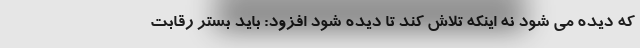
که دیده می شود نه اینکه تلاش کند تا دیده شود افزود: باید بستر رقابت